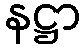
နဋ္ဌာ